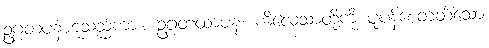
ဥဂ္ဂတပနံဟူသည်ကား။ ဥဂ္ဂတထာပန၊ ကိလေသာတို့ကို ပူပန်စေတတ်သော